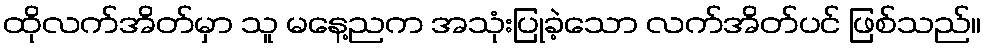
ထိုလက်အိတ်မှာ သူ မနေ့ညက အသုံးပြုခဲ့သော လက်အိတ်ပင် ဖြစ်သည်။